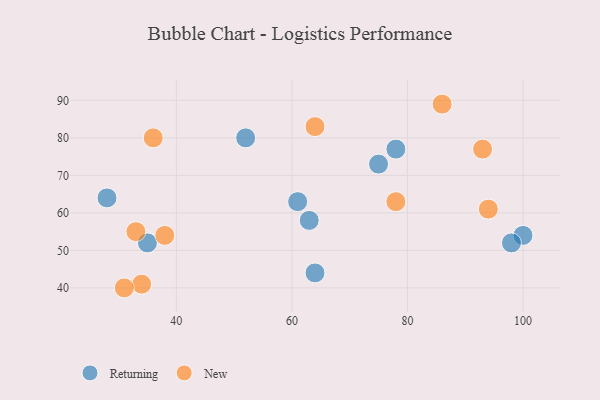
{"axis": {"x": "GDP", "y": "Life Expectancy"}, "legend": ["New", "Returning"], "data": [{"x": "100", "y": 54, "type": "Returning"}, {"x": "78", "y": 77, "type": "Returning"}, {"x": "63", "y": 58, "type": "Returning"}, {"x": "61", "y": 63, "type": "Returning"}, {"x": "35", "y": 52, "type": "Returning"}, {"x": "64", "y": 44, "type": "Returning"}, {"x": "52", "y": 80, "type": "Returning"}, {"x": "28", "y": 64, "type": "Returning"}, {"x": "75", "y": 73, "type": "Returning"}, {"x": "98", "y": 52, "type": "Returning"}, {"x": "33", "y": 55, "type": "New"}, {"x": "94", "y": 61, "type": "New"}, {"x": "93", "y": 77, "type": "New"}, {"x": "64", "y": 83, "type": "New"}, {"x": "34", "y": 41, "type": "New"}, {"x": "31", "y": 40, "type": "New"}, {"x": "36", "y": 80, "type": "New"}, {"x": "38", "y": 54, "type": "New"}, {"x": "86", "y": 89, "type": "New"}, {"x": "78", "y": 63, "type": "New"}]}